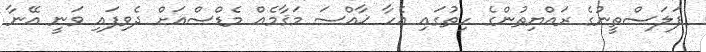
ފަލަސްތީނުގެ ރައްޔިތުންގެ ހިތުގައި އެހާ ޚާއްސަ މަޤާމެއް މެޑްސްއަށް ދެވިފައި ވަނީ އޭނާ